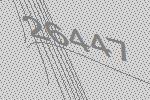
26447